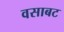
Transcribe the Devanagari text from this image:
वसाबट